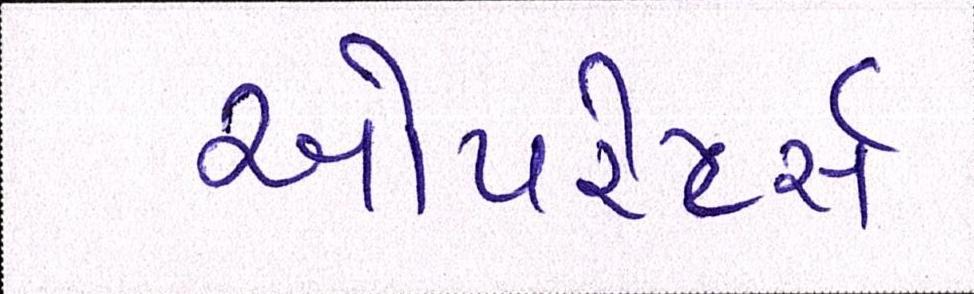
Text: ઓપરેટર્સ